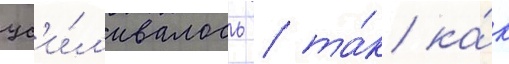
ус'и́л'ивалось / та́к ка́к